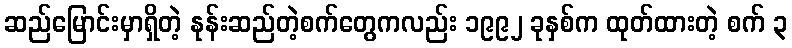
ဆည်မြောင်းမှာရှိတဲ့ နုန်းဆည်တဲ့စက်တွေကလည်း ၁၉၉၂ ခုနှစ်က ထုတ်ထားတဲ့ စက် ၃